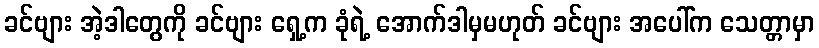
ခင်ဗျား အဲ့ဒါတွေကို ခင်ဗျား ရှေ့က ခုံရဲ့ အောက်ဒါမှမဟုတ် ခင်ဗျား အပေါ်က သေတ္တာမှာ